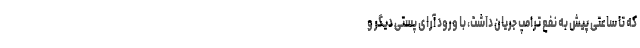
که تا ساعتی پیش به نفع ترامپ جریان داشت، با ورود آرای پستی دیگر و